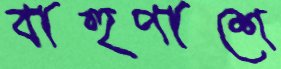
বাহুপাশে